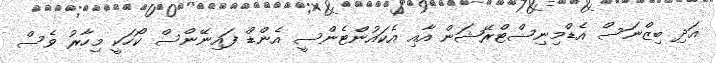
އަދި ބިޒްނަސް އެޑްމިނިސްޓްރޭޝަން އާއި އެކައުންޓެންސީ އެންޑް ފައިނޭންސް ކޯހަކީ މިހާރު ވެސް